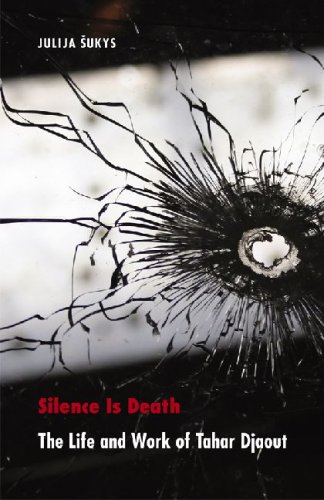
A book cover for Silence Is Death: The Life and Work of Tahar Djaout (France Overseas: Studies in Empire and D); Julija Sukys; History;